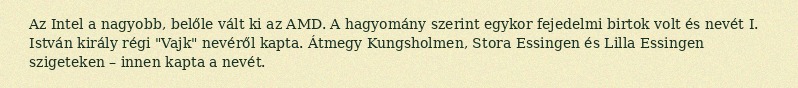
Az Intel a nagyobb, belőle vált ki az AMD. A hagyomány szerint egykor fejedelmi birtok volt és nevét I. István király régi "Vajk" nevéről kapta. Átmegy Kungsholmen, Stora Essingen és Lilla Essingen szigeteken – innen kapta a nevét.